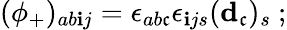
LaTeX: (\phi_{+})_{ab\mathbf{i}j}=\epsilon_{ab\mathfrak{c}}\epsilon_{\mathbf{i}js}({\mathbf{d}}_{\mathfrak{c}})_{s}\ ;